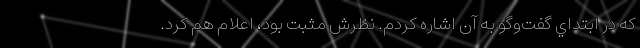
که در ابتداي گفت‌وگو به آن اشاره کردم. نظرش مثبت بود، اعلام هم کرد.